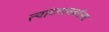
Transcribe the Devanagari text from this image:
त्यांच्याचबरोबर